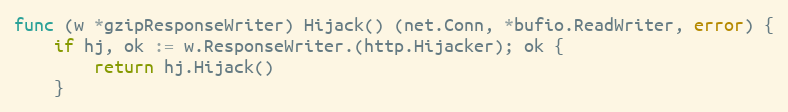
Language: Go
func (w *gzipResponseWriter) Hijack() (net.Conn, *bufio.ReadWriter, error) {
	if hj, ok := w.ResponseWriter.(http.Hijacker); ok {
		return hj.Hijack()
	}